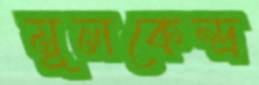
মূলকেন্দ্র